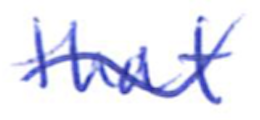
Text: that
Cross-out: mix
Writing tool: ballpoint